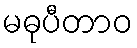
မဓုပီတာဝ